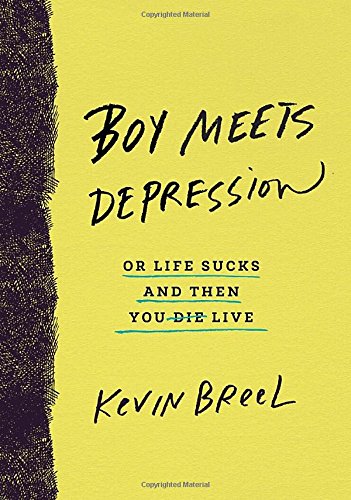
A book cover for Boy Meets Depression: Or Life Sucks and Then You Live; Kevin Breel; Parenting & Relationships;